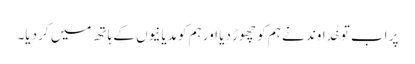
پر اب تو خُداوند نے ہم کو چھوڑ دِیا اور ہم کو مِدیانیوں کے ہاتھ میں کر دِیا۔